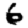
Digit: 6